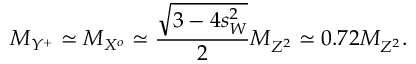
M _ { Y ^ { + } } \simeq M _ { X ^ { o } } \simeq \frac { \sqrt { 3 - 4 s _ { W } ^ { 2 } } } { 2 } M _ { Z ^ { 2 } } \simeq 0 . 7 2 M _ { Z ^ { 2 } } .